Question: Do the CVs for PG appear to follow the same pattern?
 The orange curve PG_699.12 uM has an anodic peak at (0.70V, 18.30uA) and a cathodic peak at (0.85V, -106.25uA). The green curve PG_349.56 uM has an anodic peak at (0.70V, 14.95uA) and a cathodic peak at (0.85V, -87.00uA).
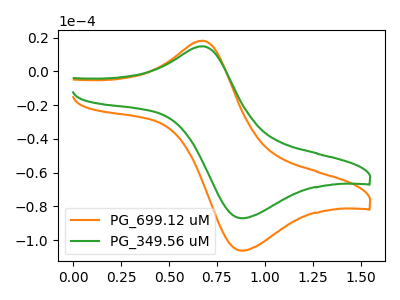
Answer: <think>All the peaks in "PG_699.12 uM" have a peak in "PG_349.56 uM" at the same potential. Every peak in "PG_699.12 uM" is higher than every peak in "PG_349.56 uM".
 </think>
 <answer>All the CV's of "PG" have similar shape.</answer>
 <eval>follow_rule</eval>